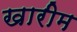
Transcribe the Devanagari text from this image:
खारीम